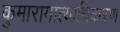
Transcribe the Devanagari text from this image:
कुमारामात्याधिकरण